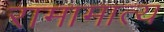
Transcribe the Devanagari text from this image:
रामामात्य